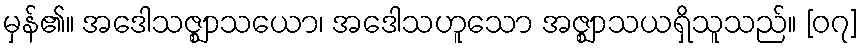
မှန်၏။ အဒေါသဇ္ဈာသယော၊ အဒေါသဟူသော အဇ္ဈာသယရှိသူသည်။ [၀၇]